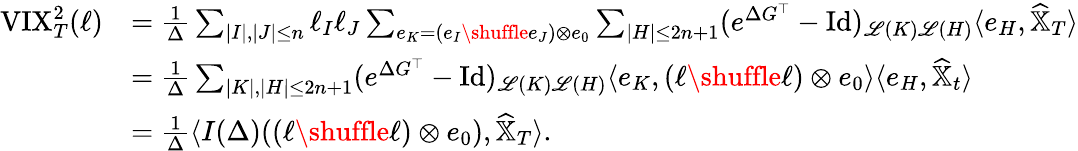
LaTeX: \begin{array}{rl}{{\textrm{VIX}}_{T}^{2}(\ell)}&{=\frac 1\Delta\sum_{|I|,|J|\leq n}\ell_{I}\ell_{J}\sum_{e_{K}=(e_{I}\shuffle e_{J})\otimes e_{0}}\sum_{|H|\leq 2n+1}(e^{\Delta G^{\top}}-\operatorname{Id})_{{\mathscr L}(K){\mathscr L}(H)}\langle e_{H},\widehat{{\mathbb X}}_{T}\rangle}\\ &{=\frac 1\Delta\sum_{|K|,|H|\leq 2n+1}(e^{\Delta G^{\top}}-\operatorname{Id})_{{\mathscr L}(K){\mathscr L}(H)}\langle e_{K},(\ell\shuffle\ell)\otimes e_{0}\rangle\langle e_{H},\widehat{\mathbb X}_{t}\rangle}\\ &{=\frac 1\Delta\langle I(\Delta)((\ell\shuffle\ell)\otimes e_{0}),\widehat{\mathbb X}_{T}\rangle.}\end{array}